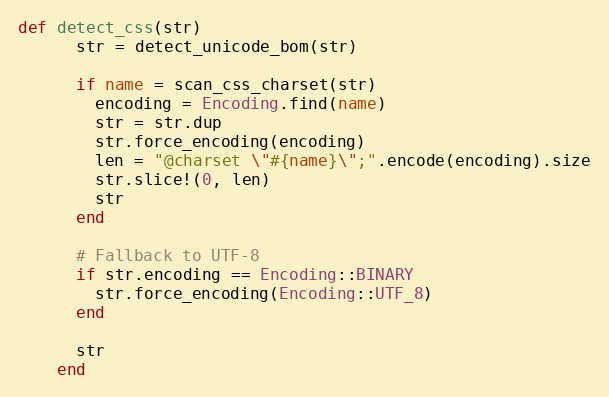
Language: Ruby
def detect_css(str)
      str = detect_unicode_bom(str)

      if name = scan_css_charset(str)
        encoding = Encoding.find(name)
        str = str.dup
        str.force_encoding(encoding)
        len = "@charset \"#{name}\";".encode(encoding).size
        str.slice!(0, len)
        str
      end

      # Fallback to UTF-8
      if str.encoding == Encoding::BINARY
        str.force_encoding(Encoding::UTF_8)
      end

      str
    end